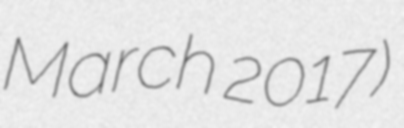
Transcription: March 2017)